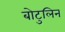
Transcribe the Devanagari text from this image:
बोटुलिन